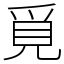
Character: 覓